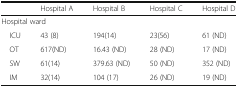
<table><thead><tr><td></td><td><b>Hospital A</b></td><td><b>Hospital B</b></td><td><b>Hospital C</b></td><td><b>Hospital D</b></td></tr></thead><tbody><tr><td colspan="5">Hospital ward</td></tr><tr><td> ICU</td><td>43 (8)</td><td>194(14)</td><td>23(56)</td><td>61 (ND)</td></tr><tr><td> OT</td><td>617(ND)</td><td>16.43 (ND)</td><td>28 (ND)</td><td>17 (ND)</td></tr><tr><td> SW</td><td>61(14)</td><td>379.63 (ND)</td><td>50 (ND)</td><td>352 (ND)</td></tr><tr><td> IM</td><td>32(14)</td><td>104 (17)</td><td>26 (ND)</td><td>19 (ND)</td></tr></tbody></table>